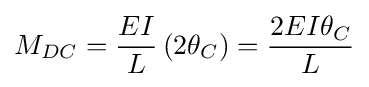
M_{DC}={\frac {EI}{L}}\left(2\theta _{C}\right)={\frac {2EI\theta _{C}}{L}}